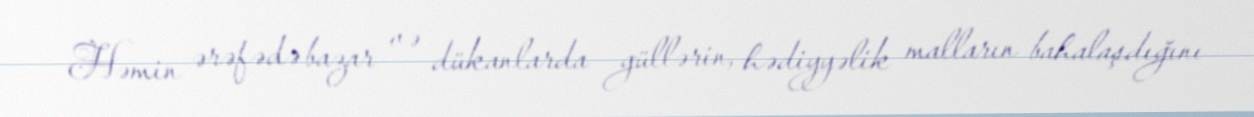
Həmin ərəfədə bazar və dükanlarda güllərin, hədiyyəlik malların bahalaşdığını